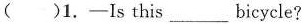
( )1.——ls this ___ bicycle?